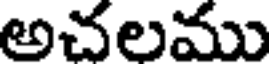
అచలము